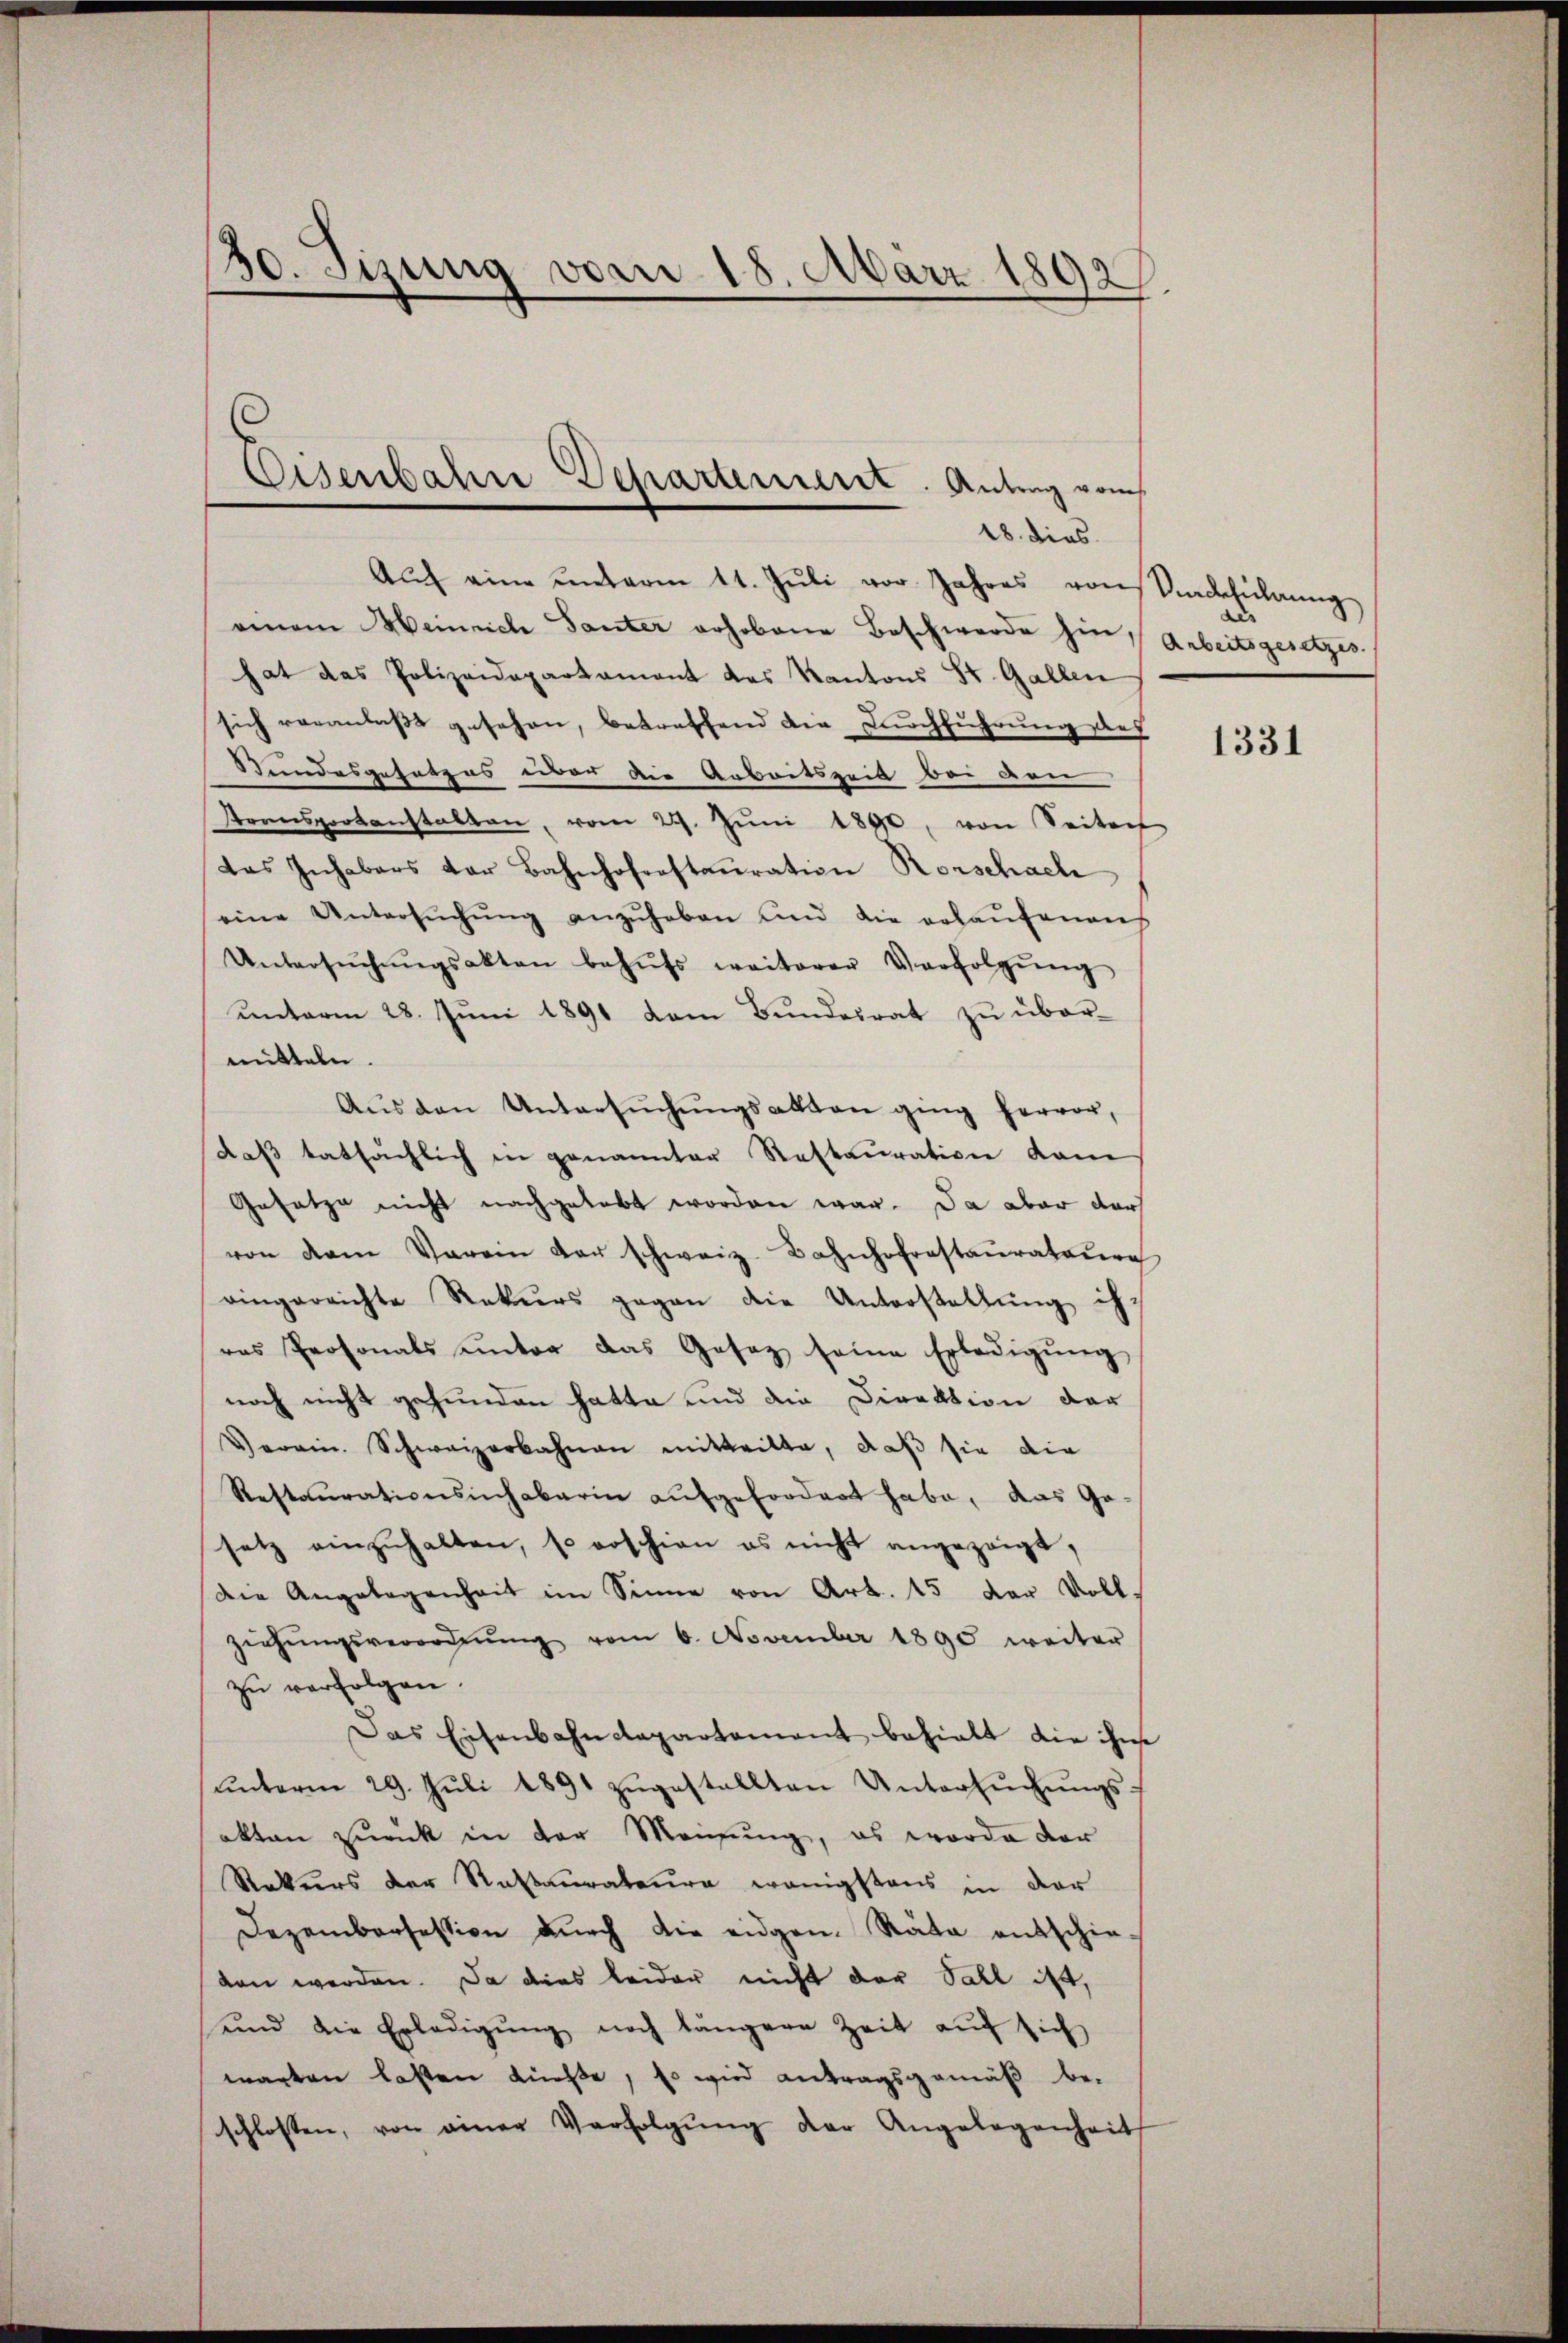
30. Sizung vom 18. März 1892

Auch eine unterm 11. Juli vor Jahres von Vackführung
einem Heinrich Tanter erhobene Beschwerde hin Arbeitsgesetzes
hat das Polizeidepartament das Kantons St. Gallen
sich veranlaßt gesehen, betreffend die Durchführung des
Stundesgesetzes war die Arbeitszeit bei den
Stransportanstalten, vom 29. Jŭni 1890, von Seiten
das Inhabers der Bahnhoferstauration Rorschach
eine Untersŭchŭng anzŭheben und die erkaŭfenens
Untersŭchŭngsakten behŭfs weiterer Verfolgŭng
unterm 28. Juni 1891 vom Bundesrat zu über-
mitteln.
Aŭs den Untersŭchŭngsakten ging hervor,
daβ tatsächlich in genannter Restaŭration kam
Gesetze nicht nachgelebt worden war. Da aber darf
von dem Verein der schweiz. Bahnhofstaŭrateŭr
eingereichte Rekurs gegen die Unterstellung ih-
ras Prosonals unter das Gesez seine Erledigung
noch nicht gefunden hatte und die Direktion der
Verein Schweizerbahnen mitteilte, daß sie die
Restaurationschabarin aufgefordert habe, das Ge-
setz einzŭhalten, so roschien es nicht angezeigt,
Die Angelegenheit im Sinne von Art. 15 der Voll-
ziehŭngsverordnŭng vom 6. November 1890 weiter
zu verfolgen.
Das Eisenbahndepartament behielt die ihne
ŭnterm 29. Jŭli 1891 zŭgestellten Untersŭchŭngs-
akten zurück in der Meinung, es worde der
Rekurs der Rastaurateure wenigstens in der
Dezembersession dŭrch die eidgen. Räte entschieden werden. Da dies leider nicht der Fall ist,
und die Erledigŭng noch längere Zeit aŭf sich
warten lasten dürfe, so wird antragsgemäß be-
schlossen, von einer Verfolgŭng der Angelegenheit

Eisenbahre Departement. Antrag vom
18. dies

.

1331